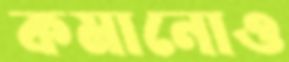
কমানোও